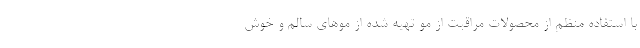
با استفاده منظم از محصولات مراقبت از مو تهیه شده از موهای سالم و خوش